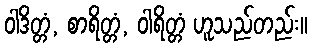
ဝါဒိတ္တံ, စာရိတ္တံ, ဝါရိတ္တံ ဟူသည်တည်း။